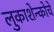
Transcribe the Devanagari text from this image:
लुकाशेन्कोचे